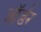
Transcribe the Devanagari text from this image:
ऑर्ङर